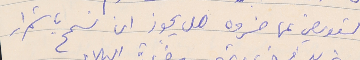
التعويض عما خسروه هل يجوز ان نسمح باستمرار